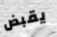
يقبض